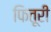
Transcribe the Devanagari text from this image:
फितूरी